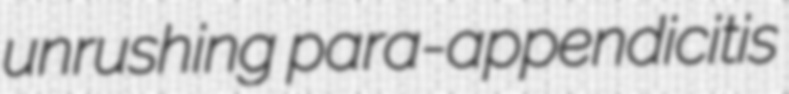
unrushing para-appendicitis